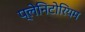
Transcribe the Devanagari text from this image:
प्लेनिटोरियम